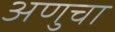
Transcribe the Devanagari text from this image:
अणुचा